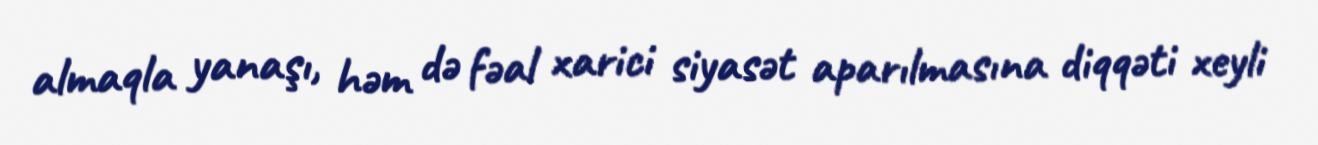
almaqla yanaşı, həm də fəal xarici siyasət aparılmasına diqqəti xeyli